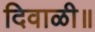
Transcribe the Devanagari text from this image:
दिवाळी॥